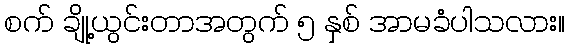
စက် ချို့ယွင်းတာအတွက် ၅ နှစ် အာမခံပါသလား။